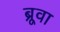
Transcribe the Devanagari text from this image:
ब्रूवा